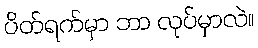
ပိတ်ရက်မှာ ဘာ လုပ်မှာလဲ။